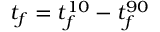
t _ { f } = t _ { f } ^ { 1 0 } - t _ { f } ^ { 9 0 }